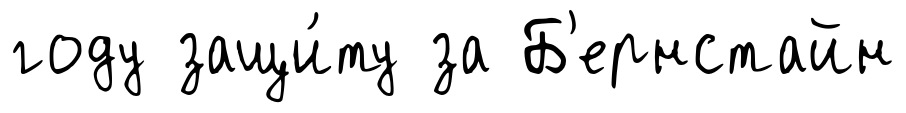
году защи́ту за Б'ернстайн